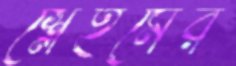
শ্লেইমের